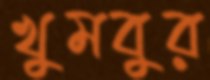
খুমবুর